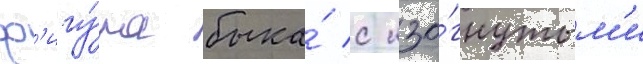
ф'игу́ра быка́ с изо́гнутым'и